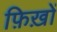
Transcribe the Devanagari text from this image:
फ़िख़ों